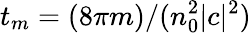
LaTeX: t_{m}=(8\pi m)/(n_{0}^{2}|c|^{2})